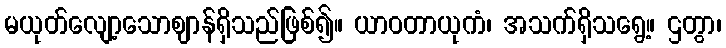
မယုတ်လျော့သောဈာန်ရှိသည်ဖြစ်၍။ ယာဝတာယုကံ၊ အသက်ရှိသရွေ့။ ဌတွာ၊